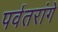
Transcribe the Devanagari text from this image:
पर्वतरांगे